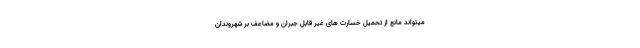
میتواند مانع از تحمیل خسارت های غیر قابل جبران و مضاعف بر شهروندان